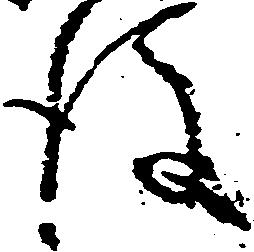
後